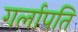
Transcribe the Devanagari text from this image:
गर्लापति